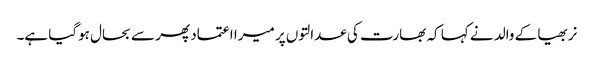
نربھیا کے والد نے کہا کہ بھارت کی عدالتوں پر میرا اعتماد پھر سے بحال ہوگیا ہے۔